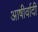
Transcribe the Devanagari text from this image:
आषीर्वादी